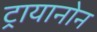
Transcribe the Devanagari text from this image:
ट्रायानोन